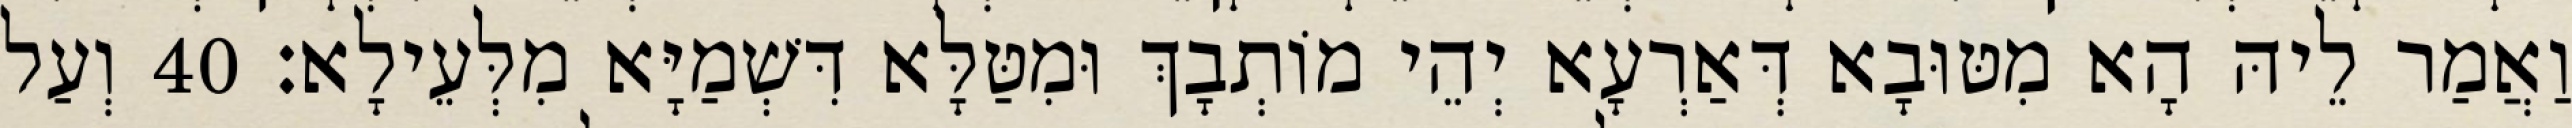
וַאֲמַר לֵיהּ הָא מִטּוּבָא דְּאַרְעָא יְהֵי מוֹתְבָךְ וּמִטַּלָּא דִּשְׁמַיָּא מִלְּעֵילָא׃ 40 וְעַל